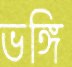
ভঙ্গি